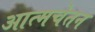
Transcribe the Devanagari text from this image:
आत्मचेतन